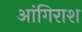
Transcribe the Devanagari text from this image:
आंगिराश